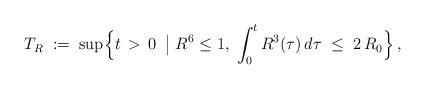
LaTeX: \begin{align*} T_R\;:=\;\sup\Bigl\{t\,>\,0\;\;\bigl|\; R^6\leq 1,\;\int^t_0 R^3(\tau)\,d\tau\;\leq\;2\,R_0\Bigr \}\,,\end{align*}